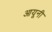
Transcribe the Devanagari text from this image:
आयूनी